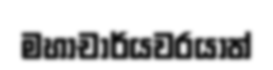
මහාචාර්යවරයාත්